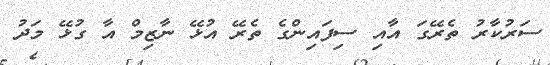
ސަރުކާރު ތެރޭގަ އާއި ސިފައިންގެ ތެރޭ އުޅޭ ނާޒިމް އާ ގުޅޭ މަދު